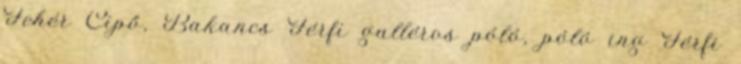
Fehér Cipő, Bakancs Férfi galléros póló, póló ing Férfi